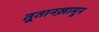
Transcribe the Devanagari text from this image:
तूतानख़ामून